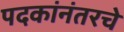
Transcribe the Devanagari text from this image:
पदकांनंतरचे